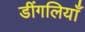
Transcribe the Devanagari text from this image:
डींगलियाँ